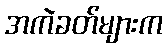
အကဲခတ်များက